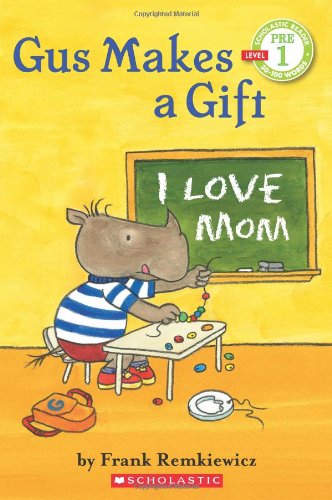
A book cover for Scholastic Reader Pre-Level 1: Gus Makes a Gift; Frank Remkiewicz; Children's Books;